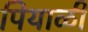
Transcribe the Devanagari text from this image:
पियाळी